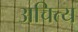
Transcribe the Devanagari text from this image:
अचित्य